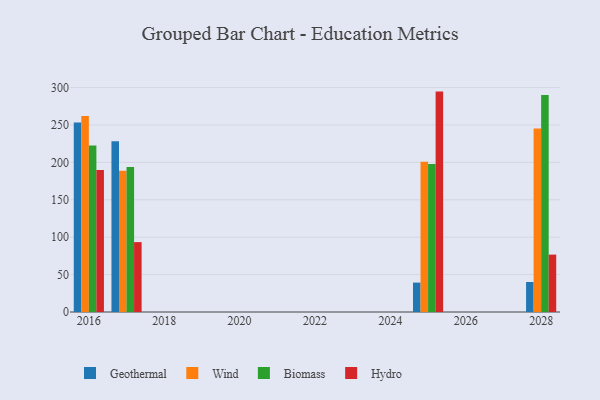
{"axis": {"x": "Year", "y": "LTV (USD)"}, "legend": ["Biomass", "Geothermal", "Hydro", "Wind"], "data": [{"x": "2017", "y": 228.4, "type": "Geothermal"}, {"x": "2017", "y": 188.7, "type": "Wind"}, {"x": "2017", "y": 193.7, "type": "Biomass"}, {"x": "2017", "y": 93.4, "type": "Hydro"}, {"x": "2025", "y": 39.3, "type": "Geothermal"}, {"x": "2025", "y": 200.9, "type": "Wind"}, {"x": "2025", "y": 197.7, "type": "Biomass"}, {"x": "2025", "y": 294.6, "type": "Hydro"}, {"x": "2016", "y": 253.2, "type": "Geothermal"}, {"x": "2016", "y": 262.0, "type": "Wind"}, {"x": "2016", "y": 222.7, "type": "Biomass"}, {"x": "2016", "y": 189.8, "type": "Hydro"}, {"x": "2028", "y": 40.1, "type": "Geothermal"}, {"x": "2028", "y": 245.2, "type": "Wind"}, {"x": "2028", "y": 290.0, "type": "Biomass"}, {"x": "2028", "y": 76.7, "type": "Hydro"}]}